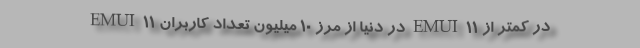
EMUI 11 در دنیا از مرز ۱۰ میلیون تعداد کاربران EMUI 11 در کمتر از